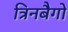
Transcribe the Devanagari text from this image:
त्रिनबैगो